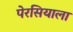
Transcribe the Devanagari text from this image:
पेरसियाला